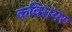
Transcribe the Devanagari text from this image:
कविरायर